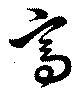
高